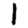
Digit: 1